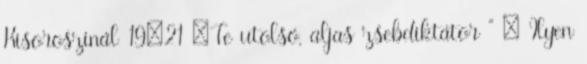
Kisoroszinál 19:21 „Te utolsó, aljas zsebdiktátor ” – Ilyen